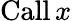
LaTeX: \operatorname{Call}x